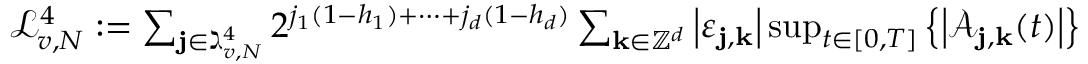
\begin{array} { r } { \mathcal { L } _ { v , N } ^ { 4 } : = \sum _ { \mathbf { j } \in \gimel _ { v , N } ^ { 4 } } 2 ^ { j _ { 1 } ( 1 - h _ { 1 } ) + \cdots + j _ { d } ( 1 - h _ { d } ) } \sum _ { \mathbf { k } \in \mathbb { Z } ^ { d } } \left| \varepsilon _ { \mathbf { j } , \mathbf { k } } \right| \operatorname* { s u p } _ { t \in [ 0 , T ] } \left\{ \left| \mathcal { A } _ { \mathbf { j } , \mathbf { k } } ( t ) \right| \right\} } \end{array}